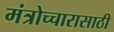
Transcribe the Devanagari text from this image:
मंत्रोच्चारासाठी